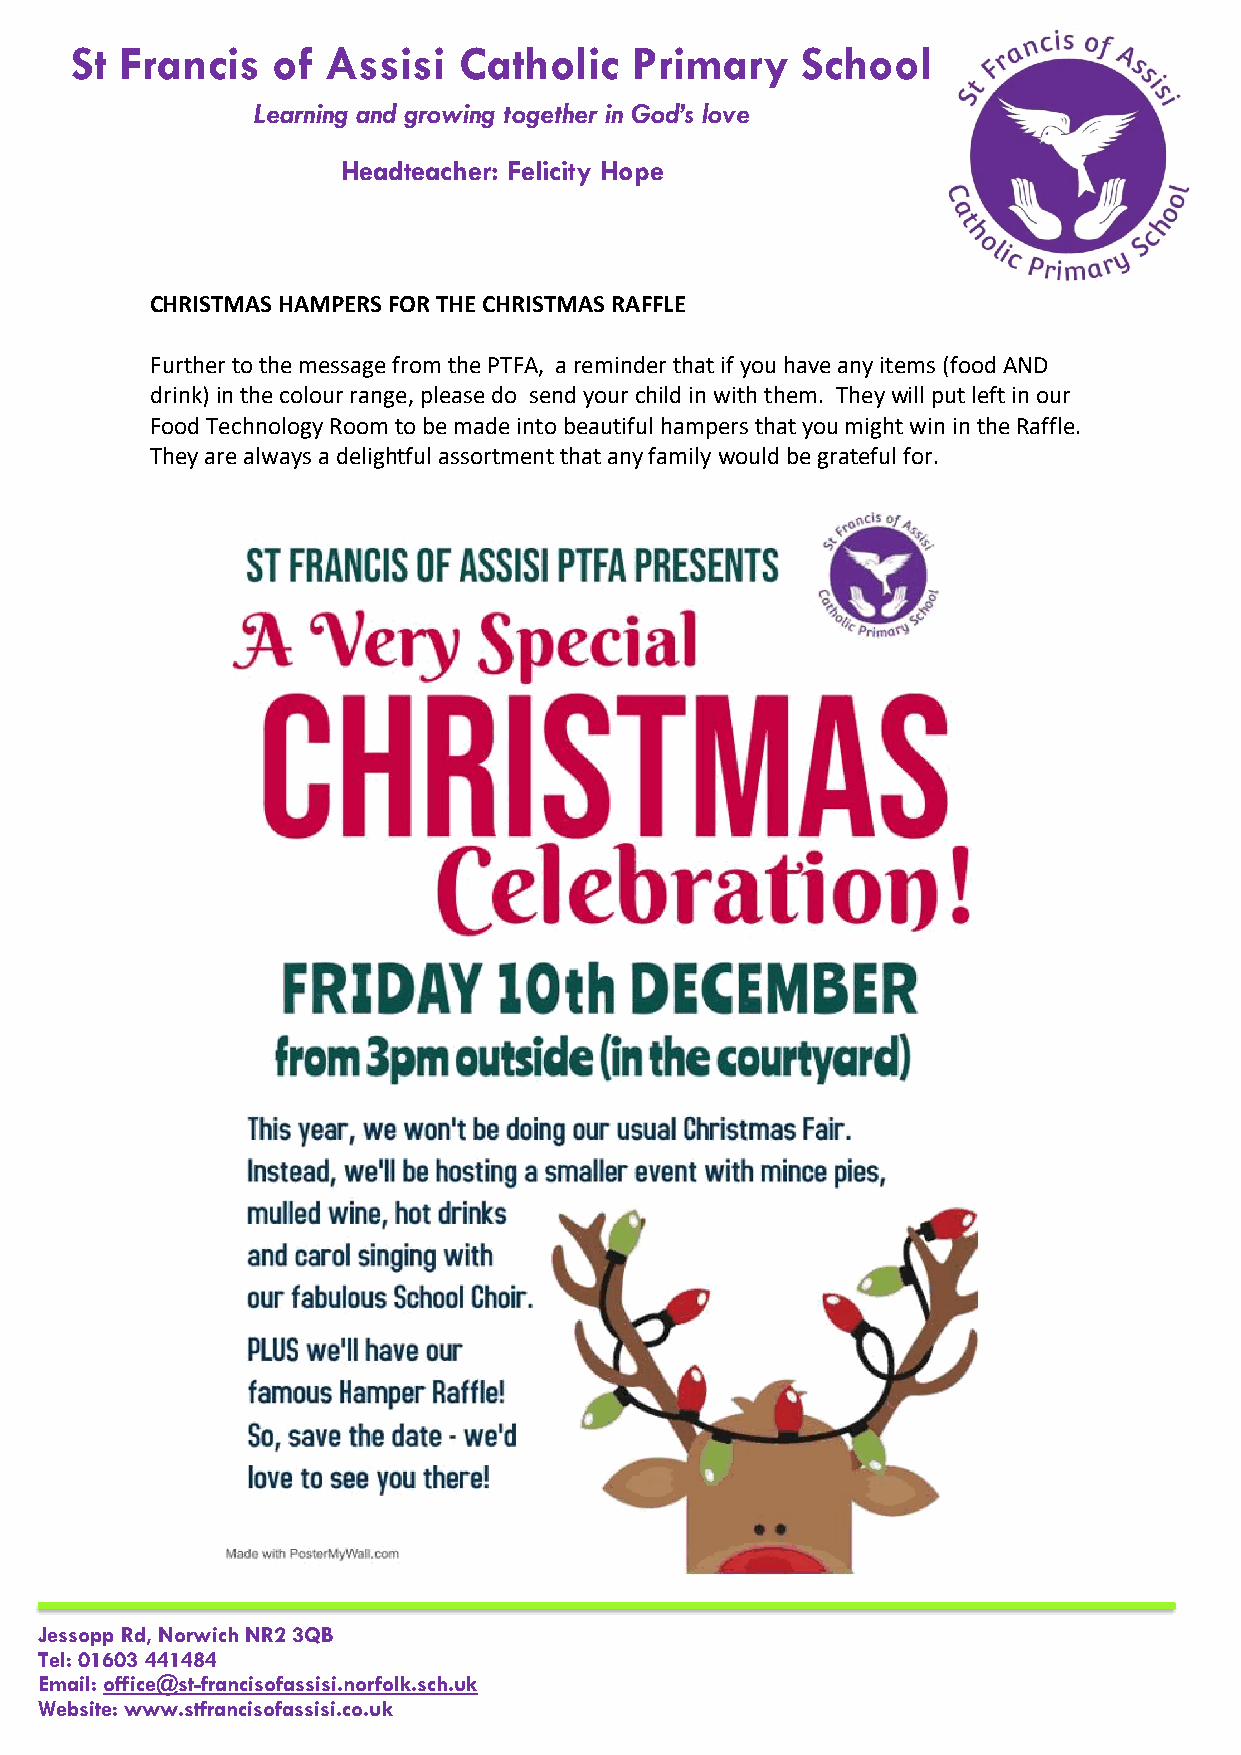
St Francis   of  Assisi  Catholic    Primary    School
 Learning and growing together in God’s love
 Headteacher: Felicity Hope
 CHRISTMAS HAMPERS FOR THE CHRISTMAS RAFFLE
 Further to the message from the PTFA, a reminder that if you have any items (food AND
 drink) in the colour range, please do send your child in with them. They will put left in our
 Food Technology Room to be made into beautiful hampers that you might win in the Raffle.
 They are always a delightful assortment that any family would be grateful for.
 Jessopp Rd, Norwich NR2 3QB
 Tel: 01603 441484
 Email: office@st-francisofassisi.norfolk.sch.uk
 Website: www.stfrancisofassisi.co.uk